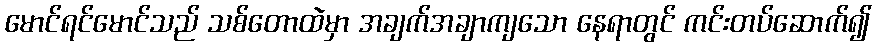
မောင်ရင်မောင်သည် သစ်တောထဲမှာ အချက်အချာကျသော နေရာတွင် ကင်းတပ်ဆောက်၍